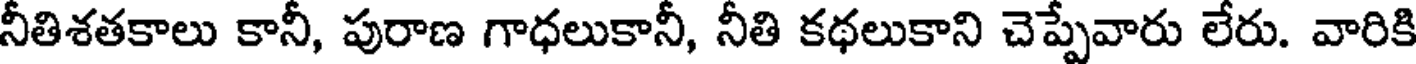
నీతిశతకాలు కానీ, పురాణ గాధలుకానీ, నీతి కథలుకాని చెప్పేవారు లేరు. వారికి